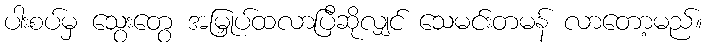
ပါးစပ်မှ သွေးတွေ အမြှုပ်ထလာပြီဆိုလျှင် သေမင်းတမန် လာတော့မည်။